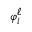
\scriptstyle { \varphi _ { i } ^ { \ell } }